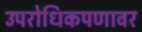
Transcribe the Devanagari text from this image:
उपरोधिकपणावर